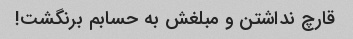
قارچ نداشتن و مبلغش به حسابم برنگشت!